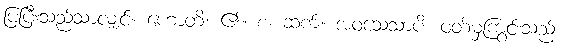
ပြပြီးသည်သာလျှင်။ ဟောတိ၊ ၏။ စ၊ ဆက်။ အဝသေသာပိ၊ ဝတ်မှကြွင်းသည်